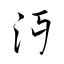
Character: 沔